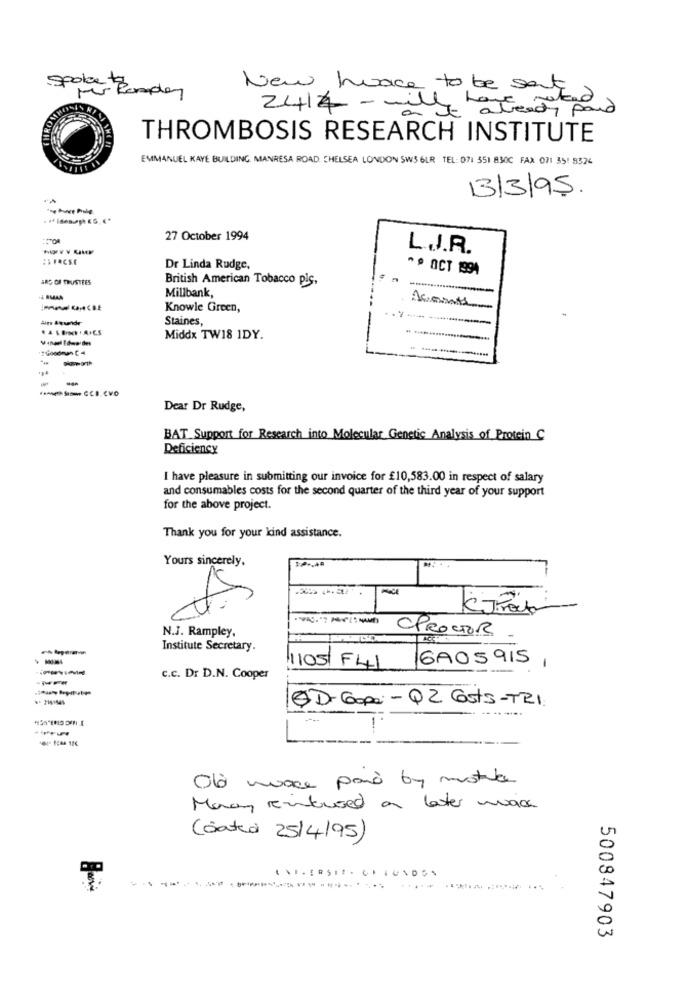
New wave to be set
spoke Zonder
expand
2414 - will steady
THROMBOSIS RESEARCH INSTITUTE
EMMANUEL KAYE BUILDING. MANRESA ROAD. CHELSEA LONDON SW3 6LR TEL:071 351 830℃ FAX 071 351 9324
13/3/95.
27 October 1994
L.J.R.
Dr Linda Rudge.
* * OCT 1994
AR OF TRUSTEES
British American Tobacco pis.
Millbank,
Knowle Green,
Staines,
Middx TW18 IDY.
-
Dear Dr Rudge,
BAT. Support for Research into Molecular Genetic Analysis of Protein C
Deficiency
I have pleasure in submitting our invoice for £10,583.00 in respect of salary
and consumables costs for the second quarter of the third year of your support
for the above project.
Thank you for your kind assistance.
Yours sincerely.
X
OPROCTOR
N.J. Rampley,
Institute Secretary.
--
6A05915
1105/ F41
C.c. Dr D.N. Cooper
CD- Copa: - Q2 Costs -TRI
Od mace paid by mustikke
Monay rinfused a later max
Coated 25/4/95)
500847903